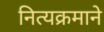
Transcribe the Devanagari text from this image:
नित्यक्रमाने